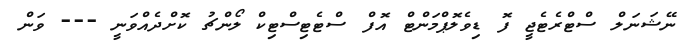
ނޭޝަނަލް ސްޓްރެޓެޖީ ފޮ ޑިވެލޮޕްމަންޓް އޮފް ސްޓެޓިސްޓިކް ލޯންޗު ކޮށްދެއްވަނީ --- ވަން